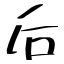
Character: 后